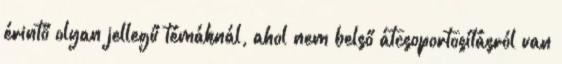
érintő olyan jellegű témáknál, ahol nem belső átcsoportosításról van